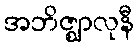
အဘိဇ္ဈာလုနီ